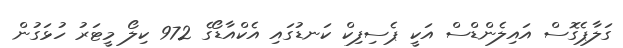
ގަލާޕެގޮސް އައިލެންޑްސް އަކީ ޕެސިފިކް ކަނޑުގައި އެކްއާޑޯގެ 972 ކިލޯ މީޓަރު ހުޅަގުން